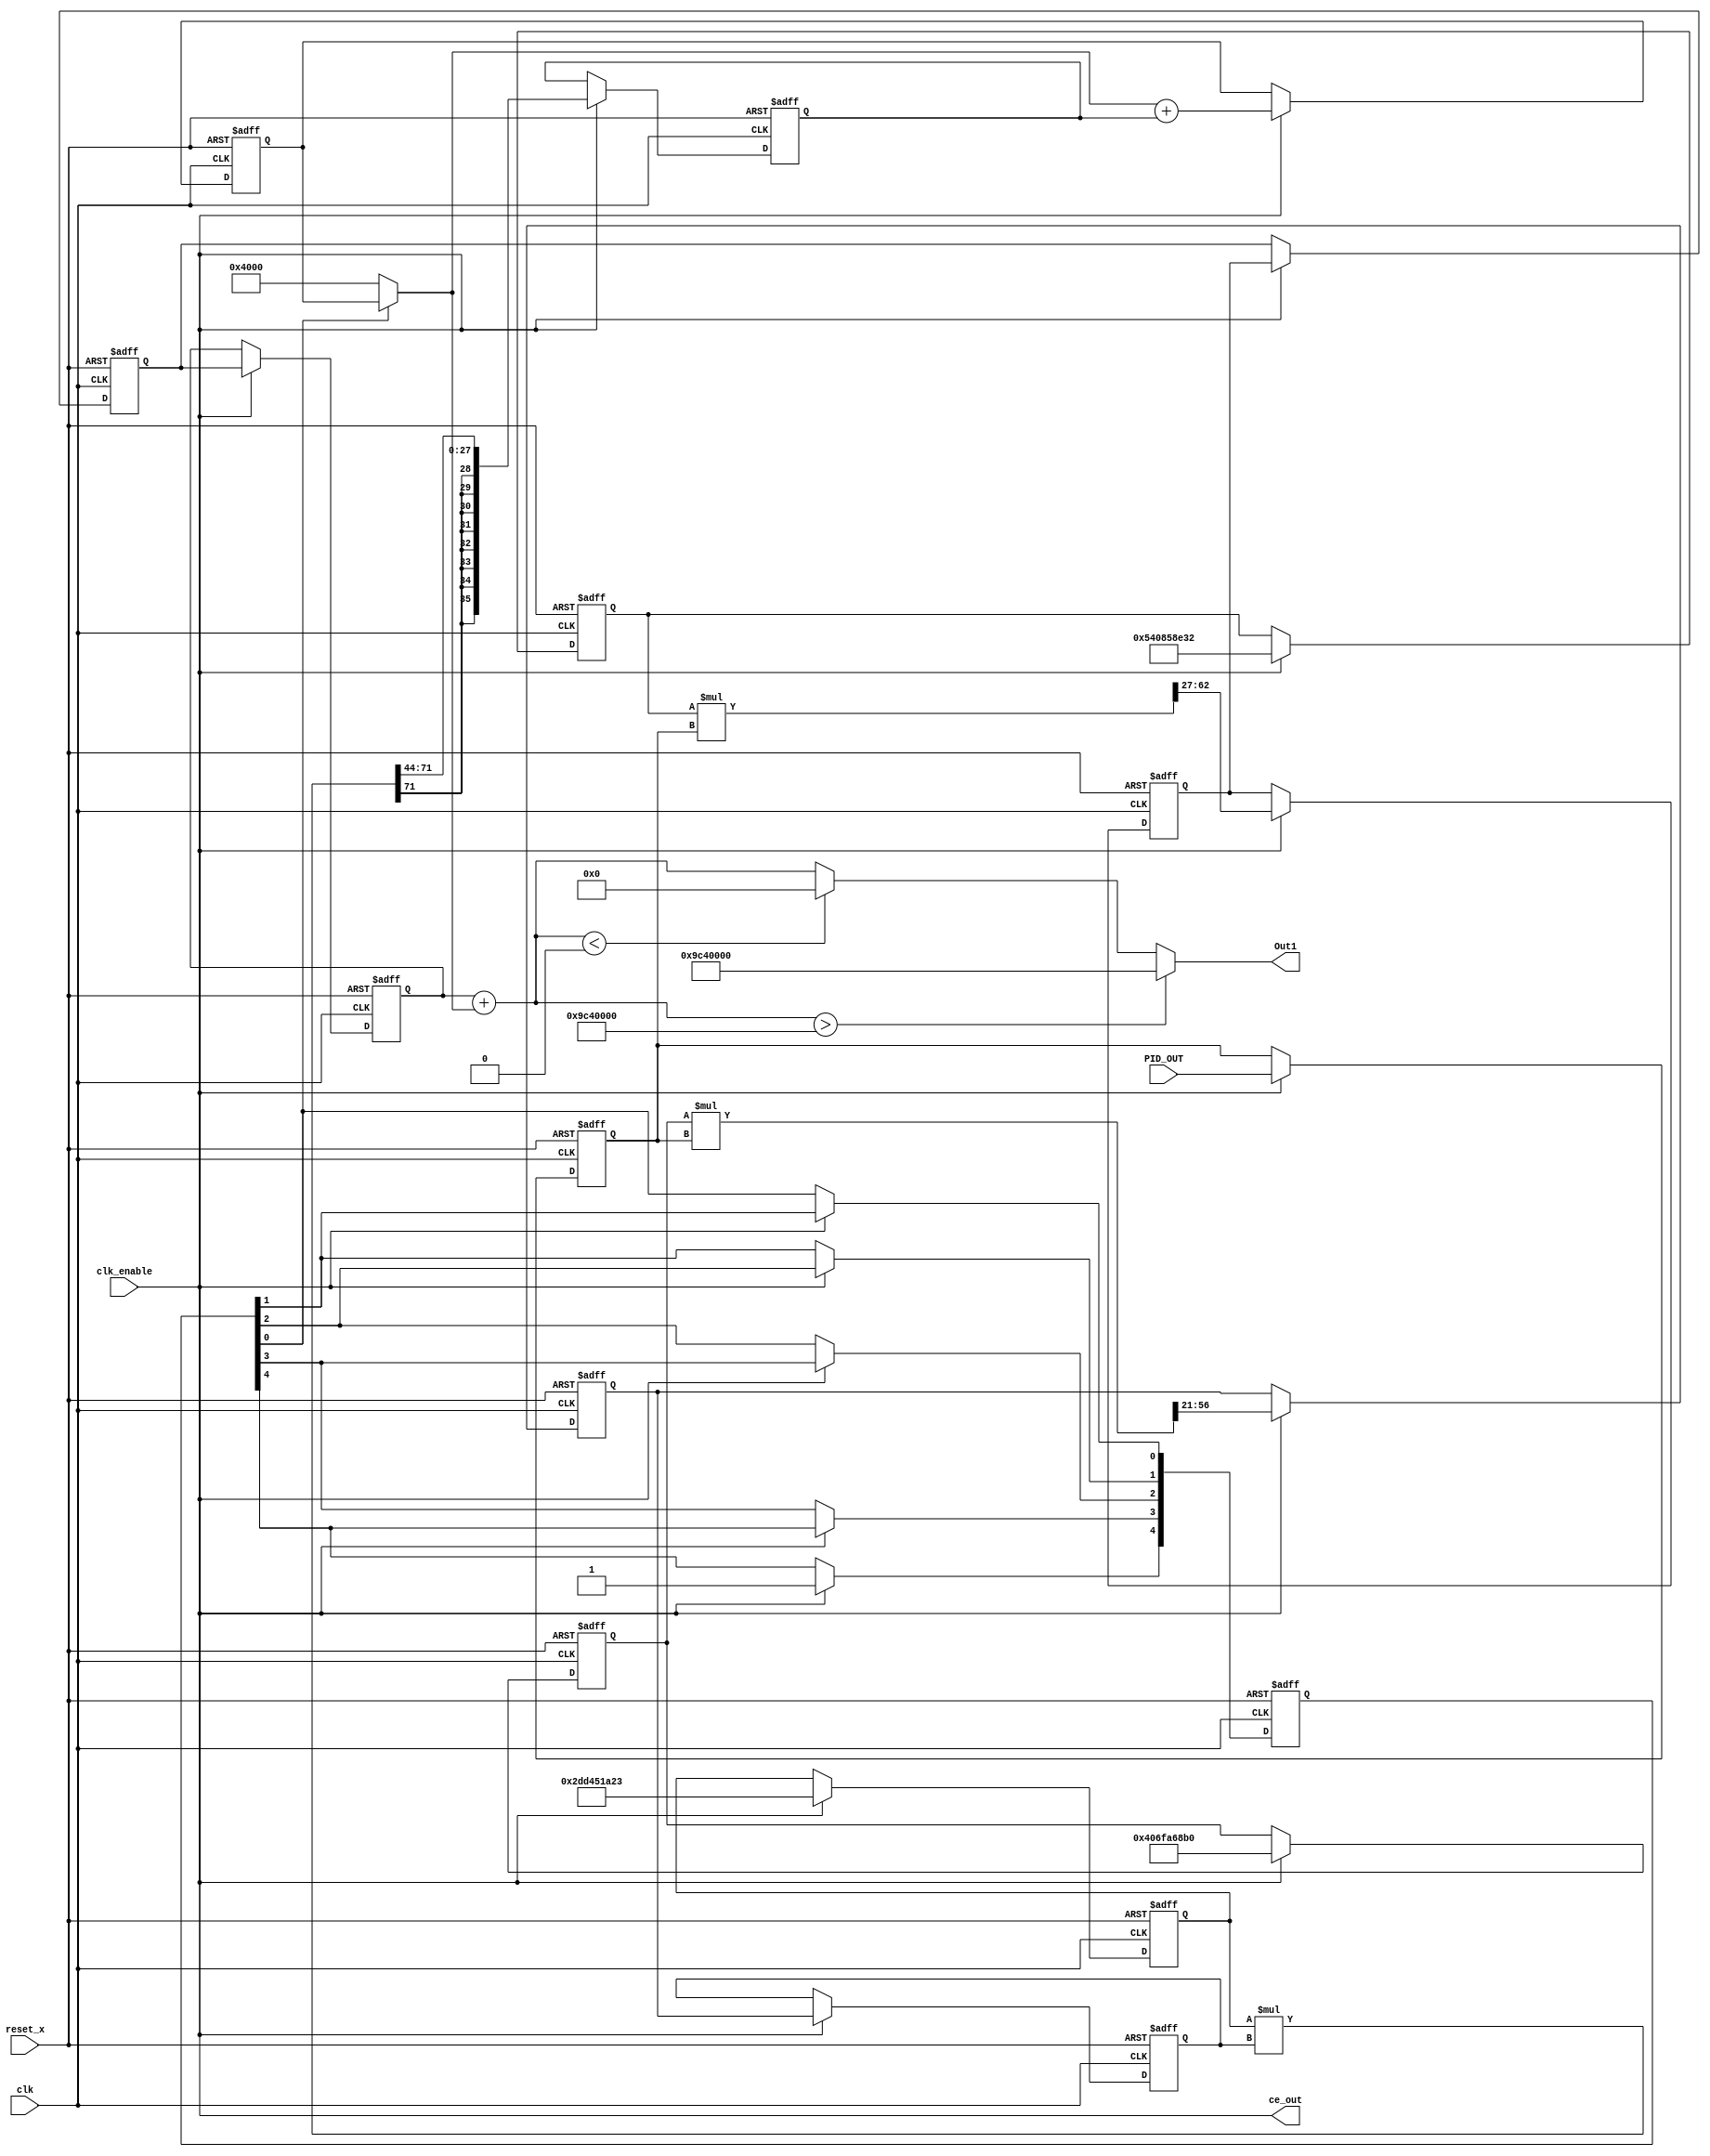
// -------------------------------------------------------------
// 
// 
// Generated by MATLAB 9.9 and HDL Coder 3.17
// 
// 
// -- -------------------------------------------------------------
// -- Rate and Clocking Details
// -- -------------------------------------------------------------
// Model base rate: 0.000699301
// Target subsystem base rate: 0.000699301
// 
// 
// Clock Enable  Sample Time
// -- -------------------------------------------------------------
// ce_out        0.000699301
// -- -------------------------------------------------------------
// 
// 
// Output Signal                 Clock Enable  Sample Time
// -- -------------------------------------------------------------
// Out1                          ce_out        0.000699301
// -- -------------------------------------------------------------
// 
// -------------------------------------------------------------


// -------------------------------------------------------------
// 
// Module: HANDMADE_PID
// Source Path: untitled/HANDMADE_PID
// Hierarchy Level: 0
// 
// -------------------------------------------------------------

`timescale 1 ns / 1 ns

module HANDMADE_PID
          (clk,
           reset_x,
           clk_enable,
           PID_OUT,
           ce_out,
           Out1);


  input   clk;
  input   reset_x;
  input   clk_enable;
  input   signed [35:0] PID_OUT;  // sfix36_En14
  output  ce_out;
  output  signed [35:0] Out1;  // sfix36_En14


  wire enb;
  wire signed [35:0] kconst;  // sfix36_En27
  reg signed [35:0] kconst_1;  // sfix36_En27
  reg signed [35:0] PID_OUT_1;  // sfix36_En14
  wire signed [71:0] Gain_mul_temp;  // sfix72_En41
  wire signed [35:0] Gain_out1;  // sfix36_En14
  reg signed [35:0] delayMatch1_reg [0:2];  // sfix36 [3]
  wire signed [35:0] delayMatch1_reg_next [0:2];  // sfix36_En14 [3]
  wire signed [35:0] Gain_out1_1;  // sfix36_En14
  wire Discrete_Time_Integrator_reg_ctrl_co_1;
  reg  [0:4] delayMatch_reg;  // ufix1 [5]
  wire [0:4] delayMatch_reg_next;  // ufix1 [5]
  wire Discrete_Time_Integrator_reg_ctrl_de;
  wire signed [35:0] Discrete_Time_Integrator_reg_Initial_1;  // sfix36_En14
  wire signed [35:0] kconst_2;  // sfix36_En44
  reg signed [35:0] kconst_3;  // sfix36_En44
  wire signed [35:0] kconst_4;  // sfix36_En21
  reg signed [35:0] kconst_5;  // sfix36_En21
  wire signed [71:0] Gain1_mul_temp;  // sfix72_En35
  wire signed [35:0] Gain1_out1;  // sfix36_En14
  reg signed [35:0] Gain1_out1_1;  // sfix36_En14
  wire signed [35:0] Discrete_Time_Integrator_indtc;  // sfix36
  reg signed [35:0] Discrete_Time_Integrator_indtc_1;  // sfix36
  wire signed [71:0] gain_mul_temp_1;  // sfix72_En44
  wire signed [35:0] Discrete_Time_Integrator_u_gain;  // sfix36
  reg signed [35:0] Discrete_Time_Integrator_u_gain_1;  // sfix36
  wire signed [35:0] Discrete_Time_Integrator_u_dtc;  // sfix36_En14
  wire signed [35:0] Discrete_Time_Integrator_x_reg;  // sfix36_En14
  wire signed [35:0] Discrete_Time_Integrator_u_add;  // sfix36_En14
  reg signed [35:0] Discrete_Time_Integrator_reg_out;  // sfix36_En14
  wire signed [35:0] Sum_out1;  // sfix36_En14
  wire signed [35:0] Saturation_out1;  // sfix36_En14


  assign kconst = 36'sh540858E32;



  assign enb = clk_enable;

  always @(posedge clk or posedge reset_x)
    begin : HwModeRegister2_process
      if (reset_x == 1'b1) begin
        kconst_1 <= 36'sh000000000;
      end
      else begin
        if (enb) begin
          kconst_1 <= kconst;
        end
      end
    end



  always @(posedge clk or posedge reset_x)
    begin : reduced_process
      if (reset_x == 1'b1) begin
        PID_OUT_1 <= 36'sh000000000;
      end
      else begin
        if (enb) begin
          PID_OUT_1 <= PID_OUT;
        end
      end
    end



  assign Gain_mul_temp = kconst_1 * PID_OUT_1;
  assign Gain_out1 = Gain_mul_temp[62:27];



  always @(posedge clk or posedge reset_x)
    begin : delayMatch1_process
      if (reset_x == 1'b1) begin
        delayMatch1_reg[0] <= 36'sh000000000;
        delayMatch1_reg[1] <= 36'sh000000000;
        delayMatch1_reg[2] <= 36'sh000000000;
      end
      else begin
        if (enb) begin
          delayMatch1_reg[0] <= delayMatch1_reg_next[0];
          delayMatch1_reg[1] <= delayMatch1_reg_next[1];
          delayMatch1_reg[2] <= delayMatch1_reg_next[2];
        end
      end
    end

  assign Gain_out1_1 = delayMatch1_reg[2];
  assign delayMatch1_reg_next[0] = Gain_out1;
  assign delayMatch1_reg_next[1] = delayMatch1_reg[0];
  assign delayMatch1_reg_next[2] = delayMatch1_reg[1];



  assign Discrete_Time_Integrator_reg_ctrl_co_1 = 1'b1;



  always @(posedge clk or posedge reset_x)
    begin : delayMatch_process
      if (reset_x == 1'b1) begin
        delayMatch_reg[0] <= 1'b0;
        delayMatch_reg[1] <= 1'b0;
        delayMatch_reg[2] <= 1'b0;
        delayMatch_reg[3] <= 1'b0;
        delayMatch_reg[4] <= 1'b0;
      end
      else begin
        if (enb) begin
          delayMatch_reg[0] <= delayMatch_reg_next[0];
          delayMatch_reg[1] <= delayMatch_reg_next[1];
          delayMatch_reg[2] <= delayMatch_reg_next[2];
          delayMatch_reg[3] <= delayMatch_reg_next[3];
          delayMatch_reg[4] <= delayMatch_reg_next[4];
        end
      end
    end

  assign Discrete_Time_Integrator_reg_ctrl_de = delayMatch_reg[4];
  assign delayMatch_reg_next[0] = Discrete_Time_Integrator_reg_ctrl_co_1;
  assign delayMatch_reg_next[1] = delayMatch_reg[0];
  assign delayMatch_reg_next[2] = delayMatch_reg[1];
  assign delayMatch_reg_next[3] = delayMatch_reg[2];
  assign delayMatch_reg_next[4] = delayMatch_reg[3];



  assign Discrete_Time_Integrator_reg_Initial_1 = 36'sh000004000;



  assign kconst_2 = 36'sh2DD451A23;



  always @(posedge clk or posedge reset_x)
    begin : HwModeRegister_process
      if (reset_x == 1'b1) begin
        kconst_3 <= 36'sh000000000;
      end
      else begin
        if (enb) begin
          kconst_3 <= kconst_2;
        end
      end
    end



  assign kconst_4 = 36'sh406FA68B0;



  always @(posedge clk or posedge reset_x)
    begin : HwModeRegister4_process
      if (reset_x == 1'b1) begin
        kconst_5 <= 36'sh000000000;
      end
      else begin
        if (enb) begin
          kconst_5 <= kconst_4;
        end
      end
    end



  assign Gain1_mul_temp = kconst_5 * PID_OUT_1;
  assign Gain1_out1 = Gain1_mul_temp[56:21];



  always @(posedge clk or posedge reset_x)
    begin : PipelineRegister2_process
      if (reset_x == 1'b1) begin
        Gain1_out1_1 <= 36'sh000000000;
      end
      else begin
        if (enb) begin
          Gain1_out1_1 <= Gain1_out1;
        end
      end
    end



  assign Discrete_Time_Integrator_indtc = Gain1_out1_1;



  always @(posedge clk or posedge reset_x)
    begin : HwModeRegister1_process
      if (reset_x == 1'b1) begin
        Discrete_Time_Integrator_indtc_1 <= 36'sh000000000;
      end
      else begin
        if (enb) begin
          Discrete_Time_Integrator_indtc_1 <= Discrete_Time_Integrator_indtc;
        end
      end
    end



  assign gain_mul_temp_1 = kconst_3 * Discrete_Time_Integrator_indtc_1;
  assign Discrete_Time_Integrator_u_gain = {{8{gain_mul_temp_1[71]}}, gain_mul_temp_1[71:44]};



  always @(posedge clk or posedge reset_x)
    begin : PipelineRegister_process
      if (reset_x == 1'b1) begin
        Discrete_Time_Integrator_u_gain_1 <= 36'sh000000000;
      end
      else begin
        if (enb) begin
          Discrete_Time_Integrator_u_gain_1 <= Discrete_Time_Integrator_u_gain;
        end
      end
    end



  assign Discrete_Time_Integrator_u_dtc = Discrete_Time_Integrator_u_gain_1;



  assign Discrete_Time_Integrator_u_add = Discrete_Time_Integrator_x_reg + Discrete_Time_Integrator_u_dtc;



  always @(posedge clk or posedge reset_x)
    begin : Discrete_Time_Integrator_reg_process
      if (reset_x == 1'b1) begin
        Discrete_Time_Integrator_reg_out <= 36'sh000000000;
      end
      else begin
        if (enb) begin
          Discrete_Time_Integrator_reg_out <= Discrete_Time_Integrator_u_add;
        end
      end
    end



  assign Discrete_Time_Integrator_x_reg = (Discrete_Time_Integrator_reg_ctrl_de == 1'b0 ? 
    Discrete_Time_Integrator_reg_Initial_1 :
              Discrete_Time_Integrator_reg_out);



  assign Sum_out1 = Gain_out1_1 + Discrete_Time_Integrator_x_reg;



  assign Saturation_out1 = (Sum_out1 > 36'sh009C40000 ? 36'sh009C40000 :
              (Sum_out1 < 36'sh000000000 ? 36'sh000000000 :
              Sum_out1));



  assign Out1 = Saturation_out1;

  assign ce_out = clk_enable;

endmodule  // HANDMADE_PID